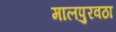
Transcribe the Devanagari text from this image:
मालपुरवठा